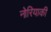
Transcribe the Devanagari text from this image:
नोरियाकी